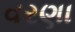
વરણા